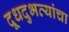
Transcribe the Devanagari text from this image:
दूधदुभत्यांचा